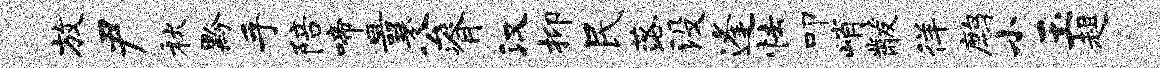
放尹秋黔手陪啼曩公脊汉抑民落没逢怯叩峭黻徉鹧小玉趄